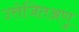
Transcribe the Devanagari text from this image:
उत्तेजितअणु